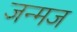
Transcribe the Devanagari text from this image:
जन्मज